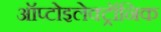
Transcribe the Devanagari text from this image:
ऑप्टोइलेक्ट्रॉनिक